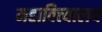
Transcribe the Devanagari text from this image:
महावित्त्यालय